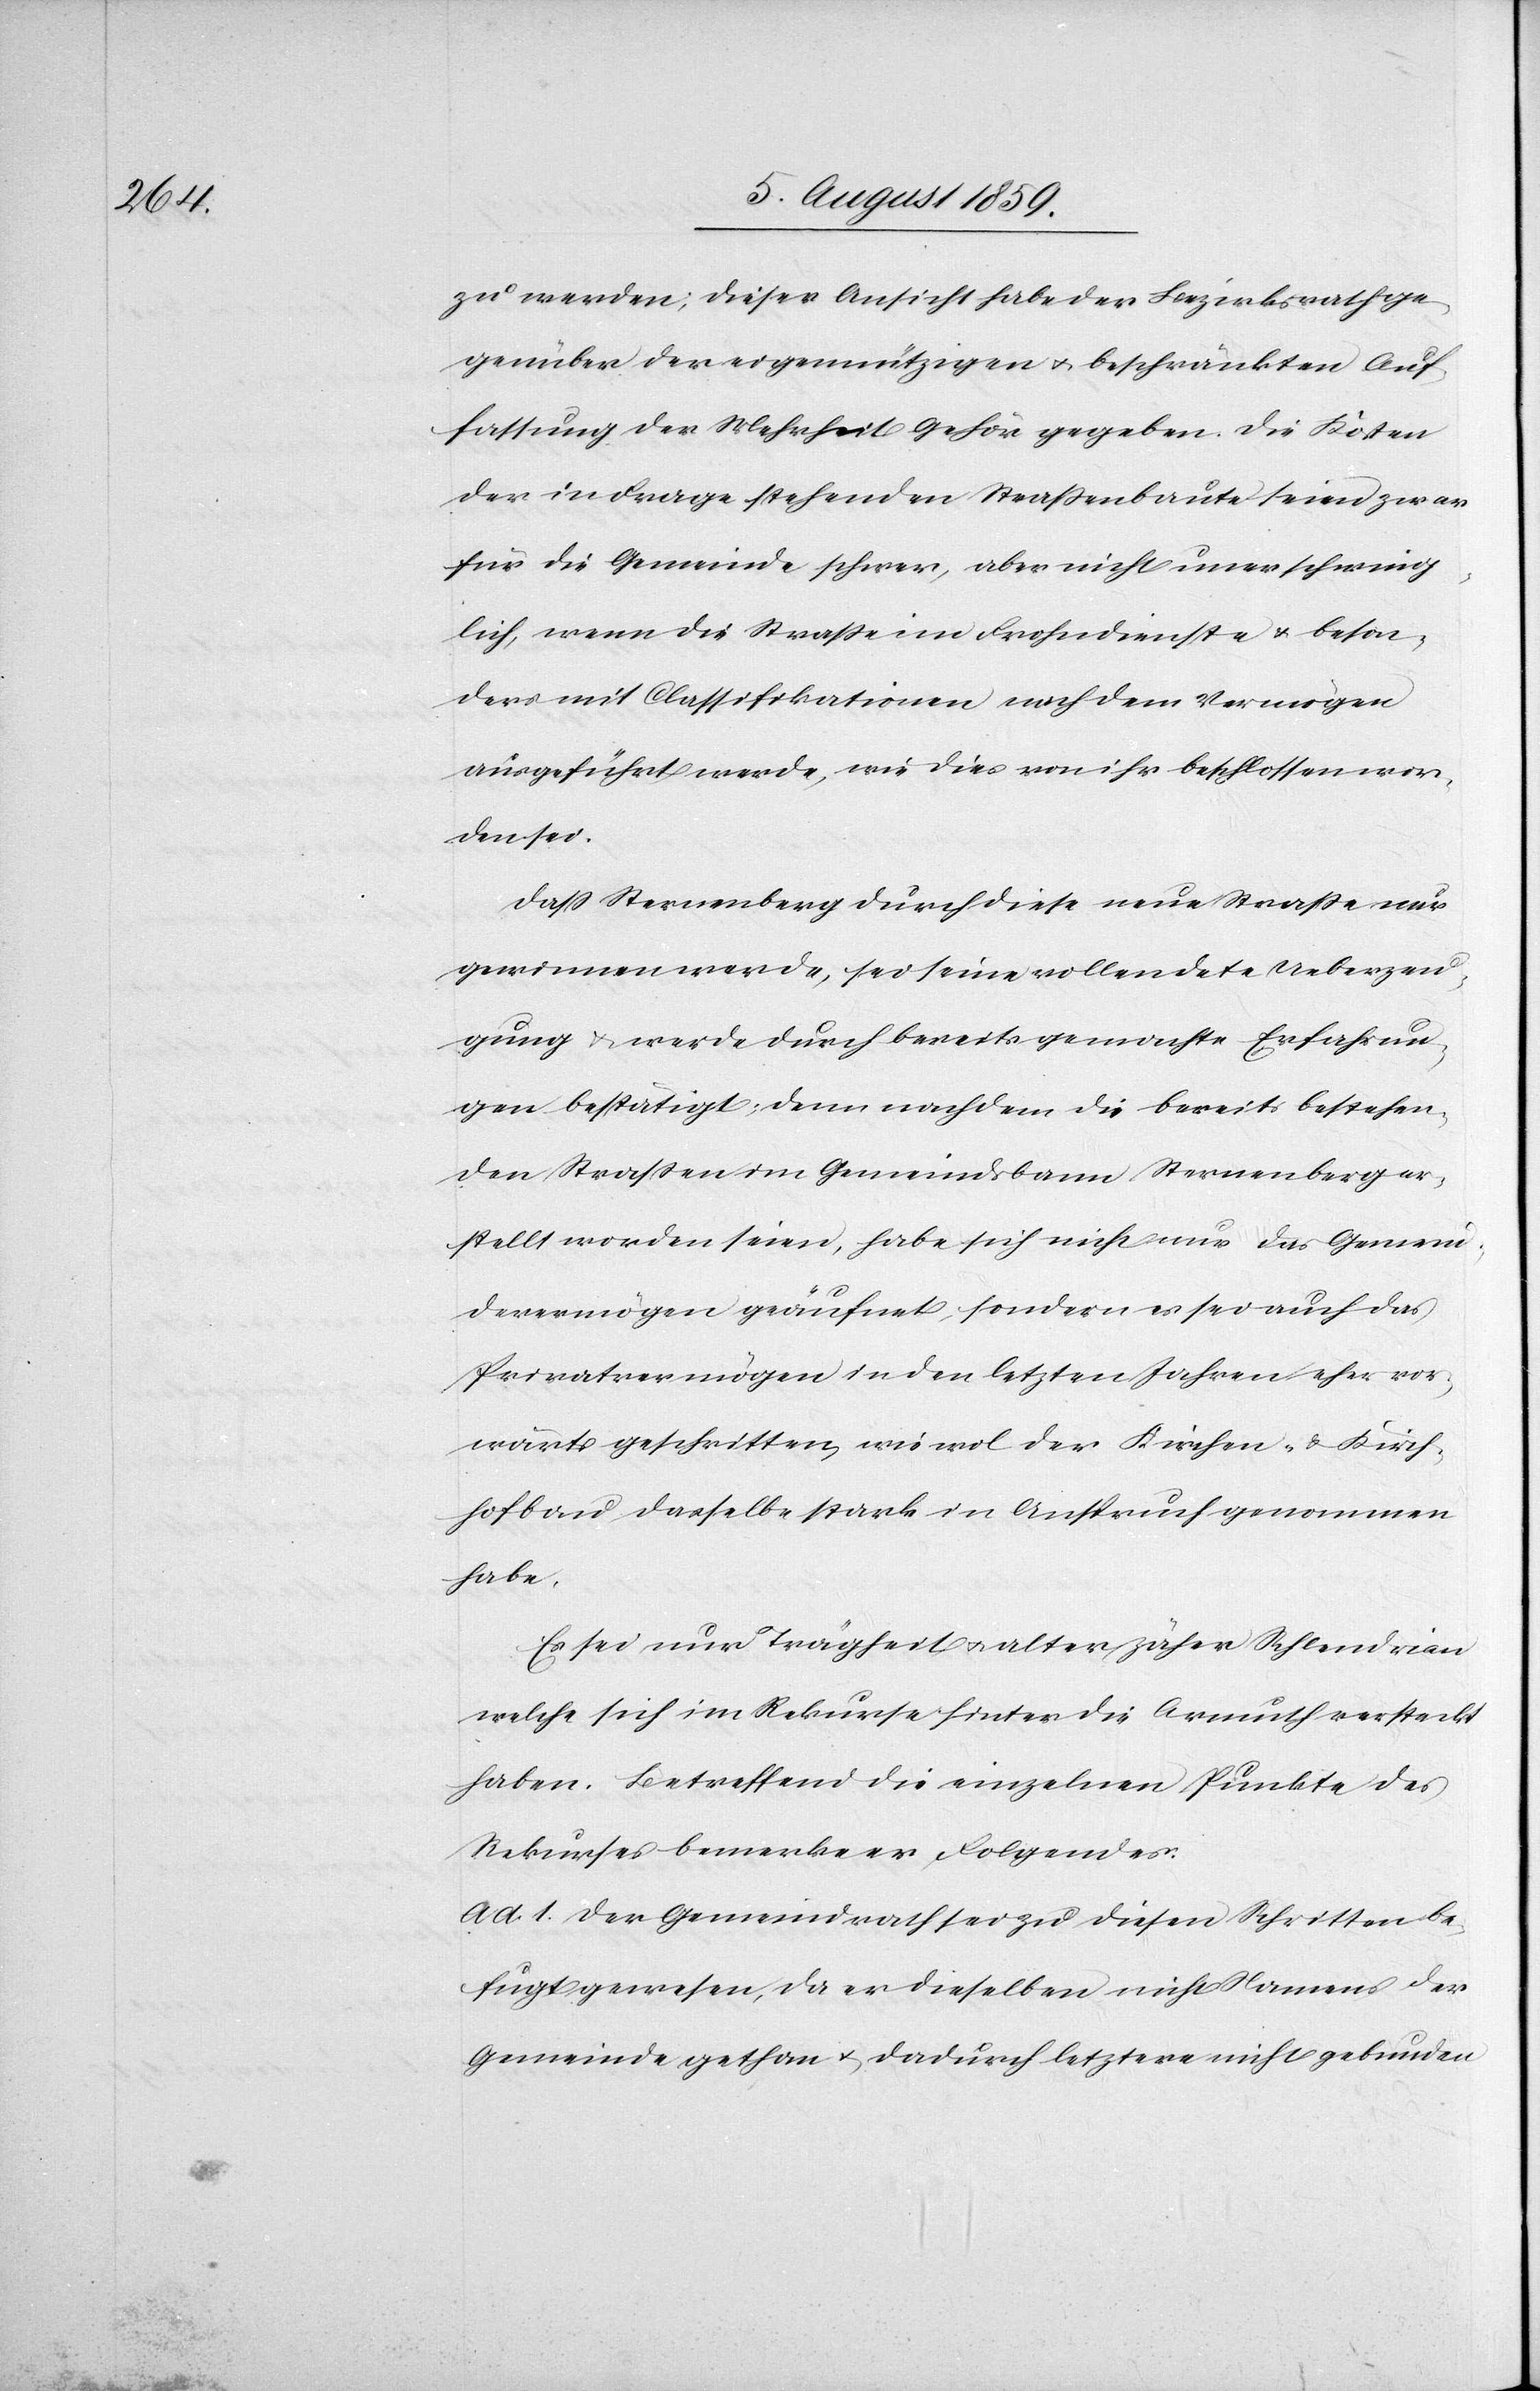
zu werden; dieser Ansicht habe der Bezirksrath ge¬
genüber der eigennützigen u. beschränkten Auf¬
fassung der Mehrheit Gehör gegeben. Die Kösten
der in Frage stehenden Straßenbaute seien zwar
für die Gemeinde schwer, aber nicht unerschwing¬
lich, wenn die Straße im Frohndienste u. beson¬
ders mit Classifikationen nach dem Vermögen
ausgeführt werde, wie dies von ihr beschlossen wor¬
den sei.
Daß Sternenberg durch diese neue Straße nur
gewinnen werde, sei seine vollendete Ueberzeu¬
gung u. werde durch bereits gemachte Erfahrun¬
gen bestätigt; denn nachdem die bereits bestehen¬
den Straßen im Gemeindsbann Sternenberg er¬
stellt worden seien, habe sich nicht nur das Gemein¬
devermögen geäufnet, sondern es sei auch das
Privatvermögen in den letzten Jahren eher vor¬
wärts geschritten, wie wol der Kirchen- u. Kirch¬
hofbau dasselbe stark in Anspruch genommen
habe.
Es sei nur Trägheit u. alter zäher Schlendrian
welche sich im Rekurse hinter die Armuth versteckt
haben. Betreffend die einzelnen Punkte des
Rekurses bemerke er Folgendes:
Ad. 1. Der Gemeindrath sei zu diesen Schritten be¬
fugt gewesen, da er dieselben nicht Namens der
Gemeinde gethan u. dadurch letztere nicht gebunden